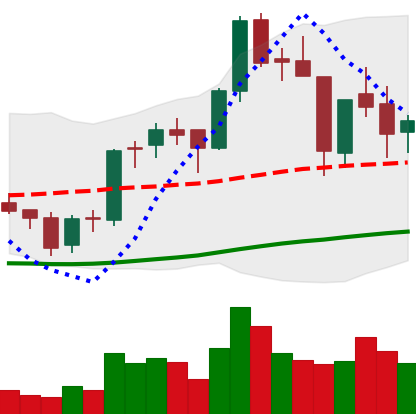
Ticker: BNB-USD
Chart end date: 2018-06-14
Forward return: 12.113%
Label: up_7plus